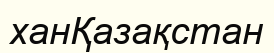
ханҚазақстан